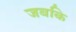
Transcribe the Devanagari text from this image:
जबकि